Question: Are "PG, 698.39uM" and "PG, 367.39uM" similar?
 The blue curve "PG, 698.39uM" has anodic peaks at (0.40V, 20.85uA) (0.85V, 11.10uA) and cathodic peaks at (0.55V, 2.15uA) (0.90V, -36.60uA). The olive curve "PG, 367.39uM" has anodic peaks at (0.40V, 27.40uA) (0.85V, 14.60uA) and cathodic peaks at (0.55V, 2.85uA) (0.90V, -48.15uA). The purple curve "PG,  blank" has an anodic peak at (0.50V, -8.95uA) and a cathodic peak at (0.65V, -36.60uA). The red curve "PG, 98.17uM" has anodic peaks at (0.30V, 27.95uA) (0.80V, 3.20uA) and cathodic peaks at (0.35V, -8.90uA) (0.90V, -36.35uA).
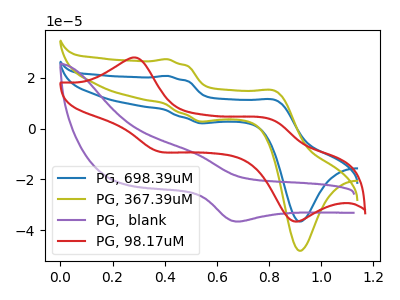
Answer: <think>All the peaks in "PG, 698.39uM" have a peak in "PG, 367.39uM" at the same potential.
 </think>
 <answer>"PG, 698.39uM" and "PG, 367.39uM" are similar in shape.</answer>
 <eval>same_shape</eval>